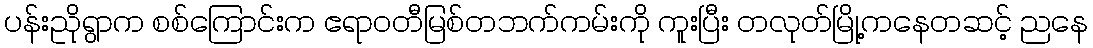
ပန်းညိုရွာက စစ်ကြောင်းက ဧရာဝတီမြစ်တဘက်ကမ်းကို ကူးပြီး တလုတ်မြို့ကနေတဆင့် ညနေ